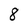
Character: 8